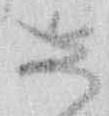
し